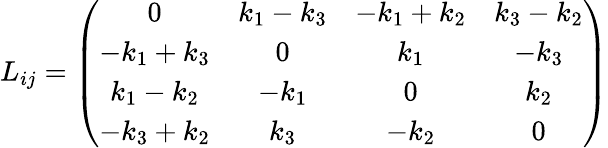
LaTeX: L_{ij}=\left(\begin{array}{cccc}{{0}}&{{k_{1}-k_{3}}}&{{-k_{1}+k_{2}}}&{{k_{3}-k_{2}}}\\ {{-k_{1}+k_{3}}}&{{0}}&{{k_{1}}}&{{-k_{3}}}\\ {{k_{1}-k_{2}}}&{{-k_{1}}}&{{0}}&{{k_{2}}}\\ {{-k_{3}+k_{2}}}&{{k_{3}}}&{{-k_{2}}}&{{0}}\end{array}\right)